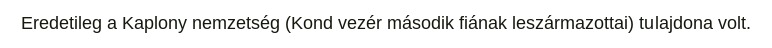
Eredetileg a Kaplony nemzetség (Kond vezér második fiának leszármazottai) tulajdona volt.